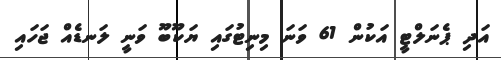
އަދި ޕެނަލްޓީ އަކުން 61 ވަނަ މިނިޓުގައި ޔަކޫބޫ ވަނީ ލަނޑެއް ޖަހައި